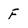
Character: F